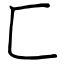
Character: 匸